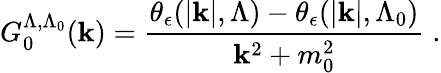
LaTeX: G_{0}^{\Lambda,\Lambda_{0}}({\mathbf{k}})=\frac{\theta_{\epsilon}(|{\mathbf{k}}|,\Lambda)-\theta_{\epsilon}(|{\mathbf{k}}|,\Lambda_{0})}{{\mathbf{k}}^{2}+m_{0}^{2}}\; .